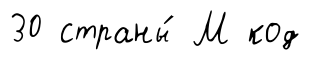
30 страны́ М код